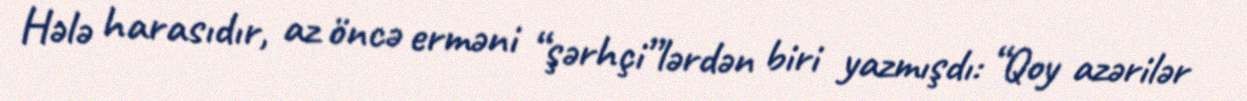
Hələ harasıdır, az öncə erməni “şərhçi”lərdən biri yazmışdı: “Qoy azərilər